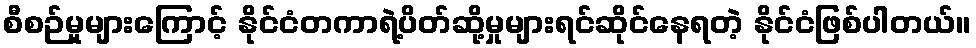
စီစဉ်မှုများကြောင့် နိုင်ငံတကာရဲ့ပိတ်ဆို့မှုများရင်ဆိုင်နေရတဲ့ နိုင်ငံဖြစ်ပါတယ်။